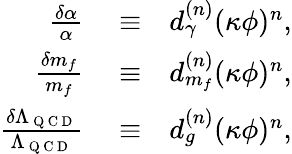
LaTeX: \begin{array}{rlr}{\frac{\delta\alpha}{\alpha}}&{{}\equiv}&{d_{\gamma}^{(n)}(\kappa\phi)^{n},}\\ {\frac{\delta m_{f}}{m_{f}}}&{{}\equiv}&{d_{m_{f}}^{(n)}(\kappa\phi)^{n},}\\ {\frac{\delta\Lambda_{\mathrm{~Q~C~D~}}}{\Lambda_{\mathrm{~Q~C~D~}}}}&{{}\equiv}&{d_{g}^{(n)}(\kappa\phi)^{n},}\end{array}